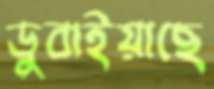
ডুবাইয়াছে